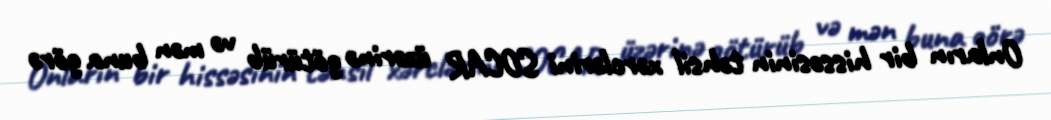
Onların bir hissəsinin təhsil xərclərini SOCAR üzərinə götürüb və mən buna görə